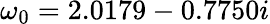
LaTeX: \omega_{0}=2.0179-0.7750i